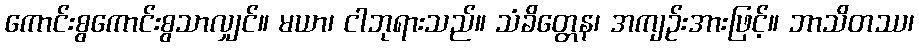
ကောင်းစွကောင်းစွသာလျှင်။ မယာ၊ ငါဘုရားသည်။ သံခိတ္တေန၊ အကျဉ်းအားဖြင့်။ ဘာသိတဿ၊